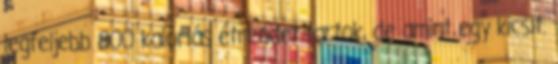
legfeljebb 800 kalóriás étrendet tartok, de amint egy kicsit.